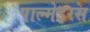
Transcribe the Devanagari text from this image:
पाल्मेइरस